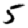
Digit: 5